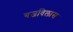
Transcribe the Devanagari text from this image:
गजविलास